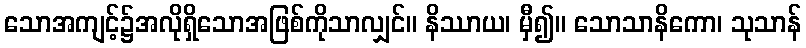
သောအကျင့်၌အလိုရှိသောအဖြစ်ကိုသာလျှင်။ နိဿာယ၊ မှီ၍။ သောသာနိကော၊ သုသာန်